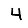
Digit: 4